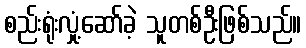
စည်းရုံးလှုံ့ဆော်ခဲ့ သူတစ်ဦးဖြစ်သည်။